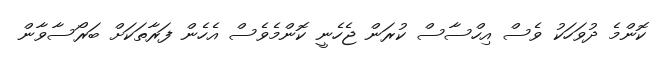
ކޮންމެ ދުވަހަކު ވެސް އިހްސާސް ކުރަން ޖެހެނީ ކޮންމެވެސް އެހެން ފަރާތަކަށް ބަރޯސާވާން